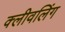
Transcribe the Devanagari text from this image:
क्लीवलिंग